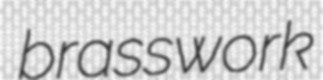
brasswork